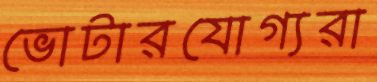
ভোটারযোগ্যরা